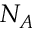
N _ { A }